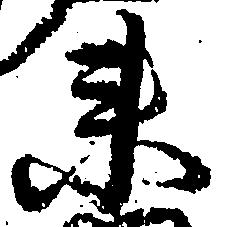
衛